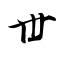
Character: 丗